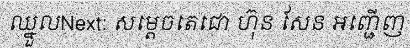
ឈ្នួលNext: សម្តេចតេជោ ហ៊ុន សែន អញ្ជើញ